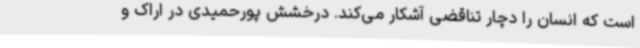
است که انسان را دچار تناقضی آشکار می‌کند. درخشش پورحمیدی در اراک و